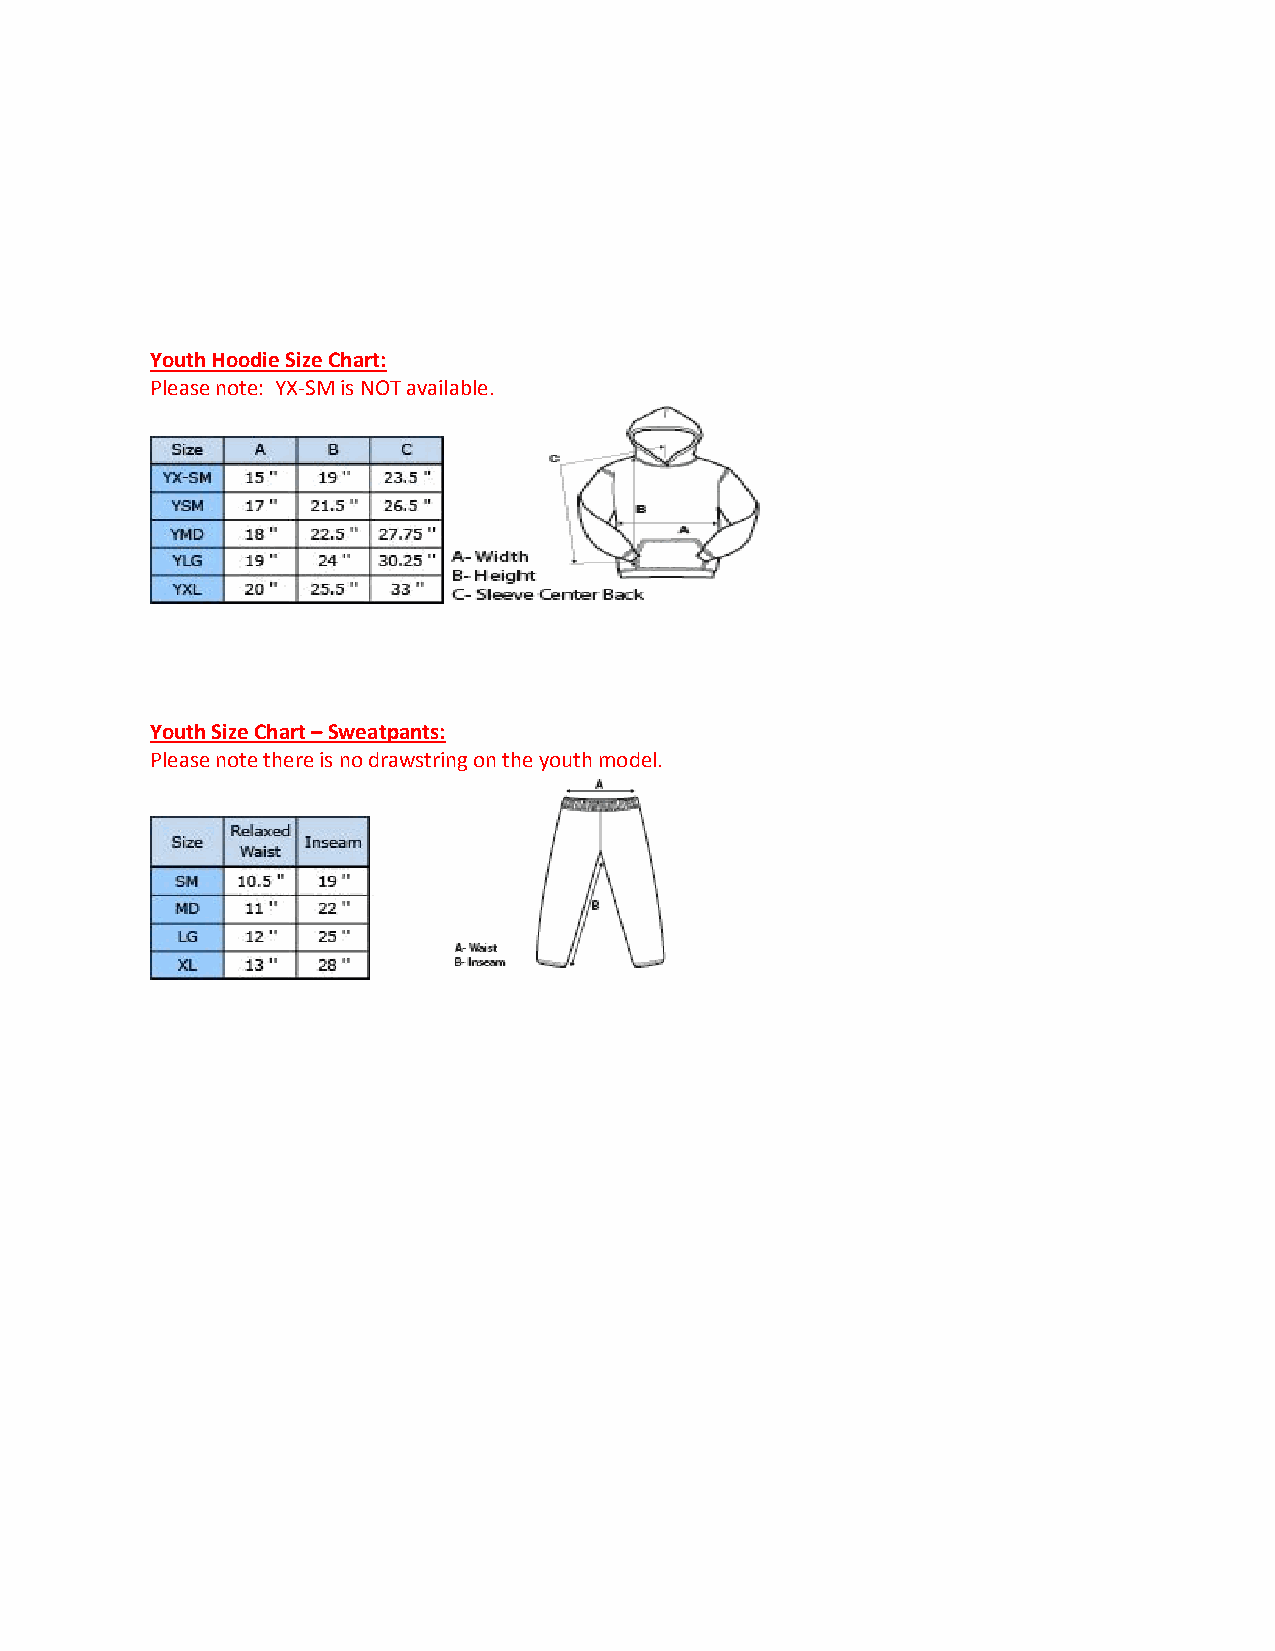
Youth Hoodie Size Chart:
 Please note: YX-SM is NOT available.
 Youth Size Chart – Sweatpants:
 Please note there is no drawstring on the youth model.